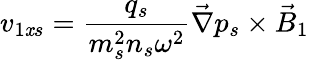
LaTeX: v_{1\mathit{x}s}=\frac{{q_{s}}}{{m_{s}^{2}n_{s}\omega^{2}}}\vec{{\nabla}}p_{s}\times\vec{{B}}_{1}